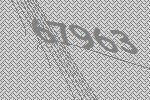
67963